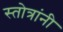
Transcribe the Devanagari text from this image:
स्तोत्रांनी